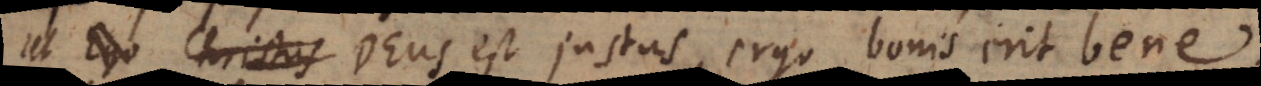
Ut Ego Christus Deus est justus, ergo bonis erit bene.